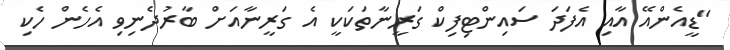
"ޑީއެންއޭ އާއި އެފަދަ ސައިންޓިފިކް ގަރީނާތަކަކީ އެ ގަރީނާއަށް ބާރުދެނިވި އެހެން ހެކި